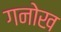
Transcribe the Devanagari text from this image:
गनोख